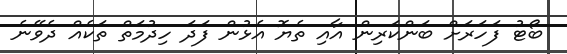
ބޯޓު ފަހަރަށް ބަންކަރިން އާއި ތެޔޮ އެޅުން ފަދަ ހިދުމަތް ތަކެއް ދެވޭނެ